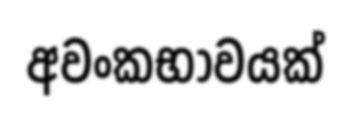
අවංකභාවයක්